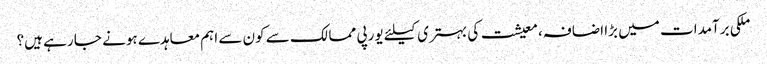
ملکی برآمدات میں بڑا اضافہ، معیشت کی بہتری کیلئے یورپی ممالک سے کون سے اہم معاہدے ہونے جا رہے ہیں؟